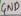
Text: GND